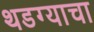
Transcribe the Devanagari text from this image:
थडग्याचा